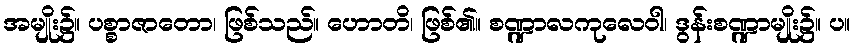
အမျိုး၌။ ပစ္စာဇာတော၊ ဖြစ်သည်။ ဟောတိ၊ ဖြစ်၏။ စဏ္ဍာလကုလေဝါ၊ ဒွန်းစဏ္ဍာမျိုး၌။ ပ။